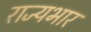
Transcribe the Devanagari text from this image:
राज्‍यभार